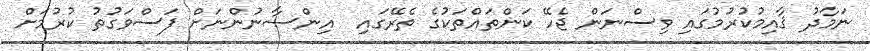
ނަމާދު ޤާއިމުކުރުމުގައި ވިސްނަން ޖެހޭ ކަންތައްތަކުގެ ތެރޭގައި  އިންސާނުންނަށް ފަސްވަގުތު ކުރުމަށް